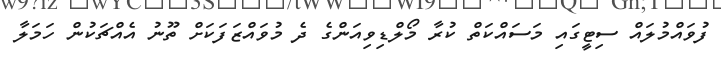
ފުވައްމުލައް ސިޓީގައި މަސައްކަތް ކުރާ މޯލްޑިވިއަންގެ ދެ މުވައްޒަފަކަށް ތޫނު އެއްޗަކުން ހަމަލާ